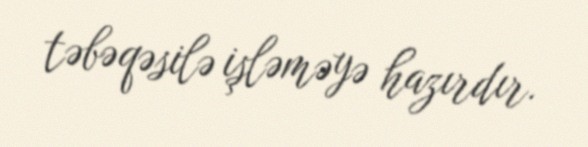
təbəqəsilə işləməyə hazırdır.